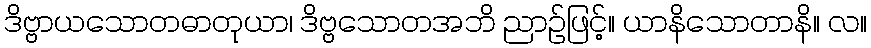
ဒိဗ္ဗာယသောတဓာတုယာ၊ ဒိဗ္ဗသောတအဘိ ညာဉ်ဖြင့်။ ယာနိသောတာနိ။ လ။